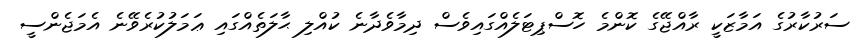
ސަރުކާރުގެ އަމާޒަކީ ރާއްޖޭގެ ކޮންމެ ހޮސްޕިޓަލެއްގައިވެސް ދިމާވެދާނެ ކުއްލި ޙާލަތެއްގައި ޢަމަލުކުރެވޭނެ އެމަޖެންސީ